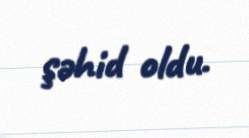
şəhid oldu.